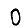
Digit: 0